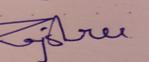
Signature authenticity: genuine